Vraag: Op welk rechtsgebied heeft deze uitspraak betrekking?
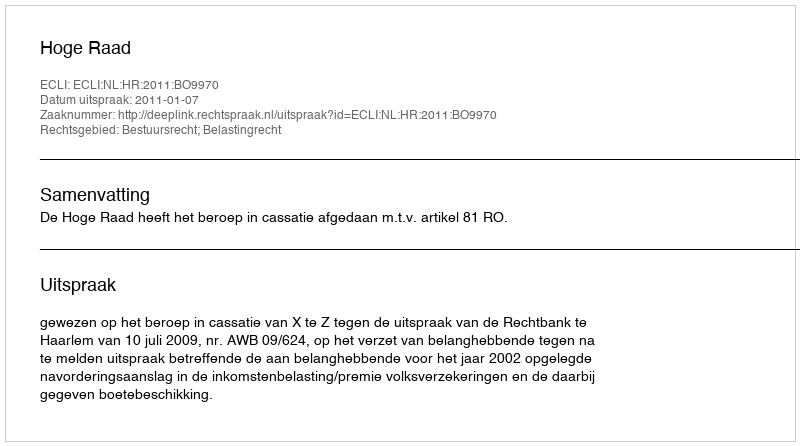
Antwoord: Bestuursrecht; Belastingrecht